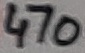
Text: 470